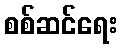
စစ်ဆင်ရေး